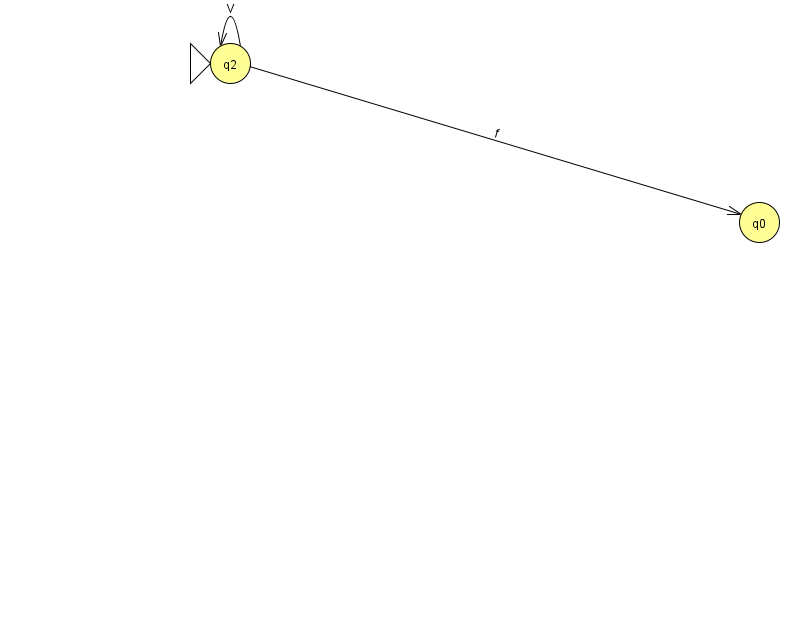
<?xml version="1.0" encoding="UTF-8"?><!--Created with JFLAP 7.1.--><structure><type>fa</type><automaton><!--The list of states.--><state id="0" name="q0"><x>759.0</x><y>209.0</y></state><state id="2" name="q2"><x>230.0</x><y>50.0</y><initial/></state><!--The list of transitions.--><transition><from>2</from><to>2</to><read>V</read></transition><transition><from>2</from><to>0</to><read>f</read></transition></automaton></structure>